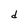
Character: d